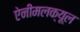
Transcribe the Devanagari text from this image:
ऐनीमलक्यूल